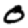
Digit: 0